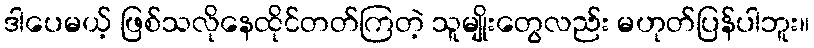
ဒါပေမယ့် ဖြစ်သလိုနေထိုင်တတ်ကြတဲ့ သူမျိုးတွေလည်း မဟုတ်ပြန်ပါဘူး။